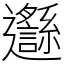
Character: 邎